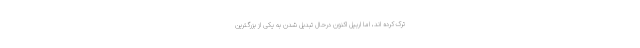
ترک کرده اند، اما اربیل اکنون درحال تبدیل شدن به یکی از بزرگترین